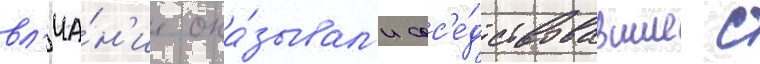
вл'иа́н'ие ока́зывал'и сос'е́дствовавшие с